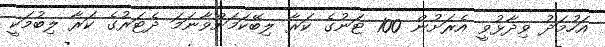
އަހުމަދު ވިދާޅުވީ އެރަށުން 100 ޓަނުގެ ކަރާ ލިބޭކަމަށްވާނަމަ ދެޓަރުގެ ކަރާ ލިބުމަކީ